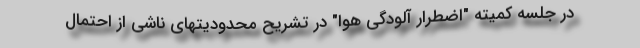
در جلسه کمیته "اضطرار آلودگی هوا" در تشریح محدودیتهای ناشی از احتمال